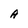
Character: A